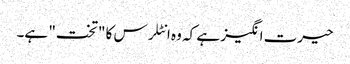
حیرت انگیز ہے کہ وہ انٹلرس کا "تخت" ہے۔